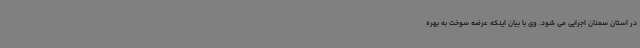
در استان سمنان اجرایی می شود. وی با بیان اینکه عرضه سوخت به بهره